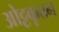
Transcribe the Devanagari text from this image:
ओट्टकूत्तन